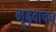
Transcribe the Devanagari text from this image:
गूढ़वाचन